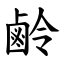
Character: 鹷